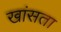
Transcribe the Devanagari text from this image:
खांसता